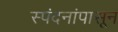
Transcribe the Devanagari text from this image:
स्पंदनांपासून